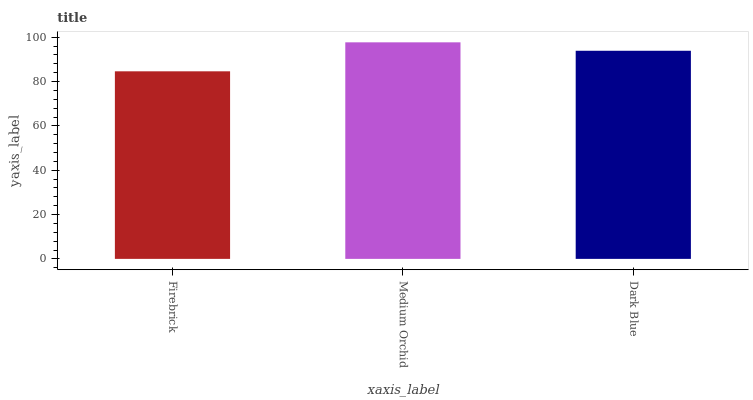
| xaxis_label | bars |
 | --- | --- |
 | Firebrick | 84.6 |
 | Medium Orchid | 97.7 |
 | Dark Blue | 93.9 |